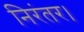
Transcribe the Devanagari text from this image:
निरंतर।